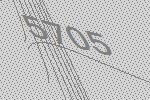
5705